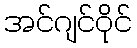
အင်ဂျင်ဝိုင်